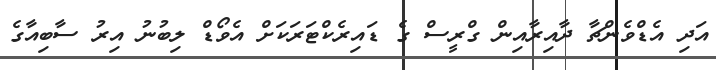
އަދި އެޑްވެންޗާ ދާއިރާއިން ގްރީސް ގެ ޑައިރެކްޓަރަކަށް އެވޯޑް ލިބުނު އިރު ސާބިއާގެ